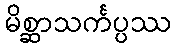
မိစ္ဆာသင်္ကပ္ပဿ